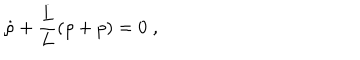
\dot { \rho } + \frac { \dot { L } } { L } ( \rho + p ) = 0 \; ,